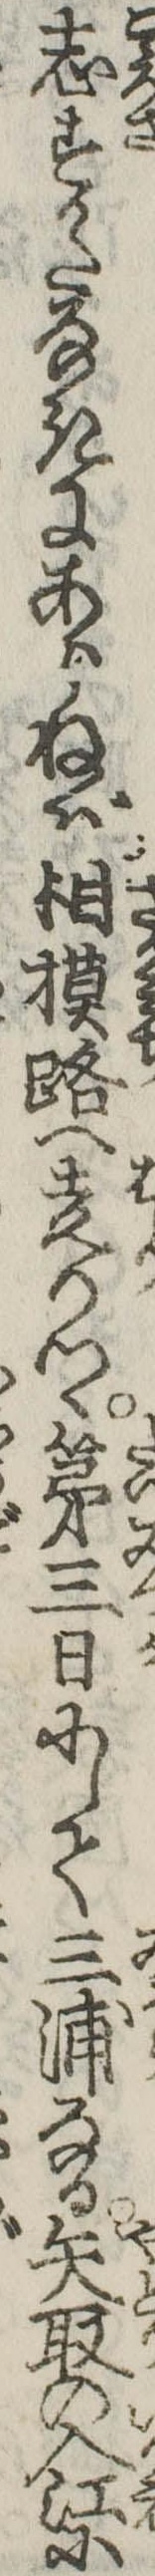
志すかたなきにあらねば相模路へ走りつゝ第三日にして三浦なる矢取の入江に